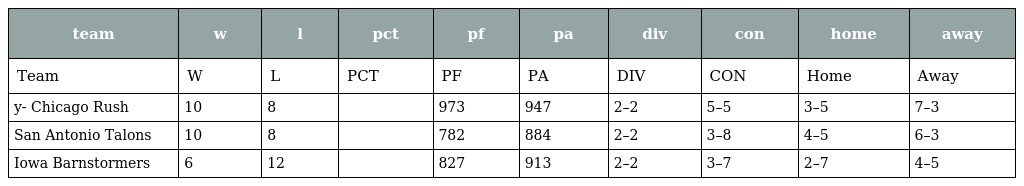
| team | w | l | pct | pf | pa | div | con | home | away |
 | --- | --- | --- | --- | --- | --- | --- | --- | --- | --- |
 | Team | W | L | PCT | PF | PA | DIV | CON | Home | Away |
 | y- Chicago Rush | 10 | 8 |  | 973 | 947 | 2–2 | 5–5 | 3–5 | 7–3 |
 | San Antonio Talons | 10 | 8 |  | 782 | 884 | 2–2 | 3–8 | 4–5 | 6–3 |
 | Iowa Barnstormers | 6 | 12 |  | 827 | 913 | 2–2 | 3–7 | 2–7 | 4–5 |